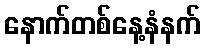
နောက်တစ်နေ့နံနက်